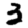
Digit: 3